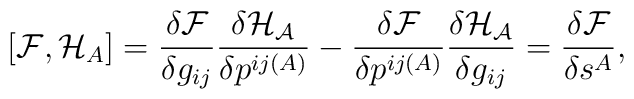
[{\cal F},{\cal H}_{A}]=\frac{\delta {\cal F}}{\delta g_{ij}}\frac{\delta {\cal H_{A}}}{\delta  p^{ij(A)}}-\frac{\delta {\cal F}}{\delta p^{ij(A)}}\frac{\delta {\cal H_{A}}}{\delta  g_{ij}}=\frac{\delta  {\cal F}}{\delta s^{A}},